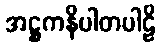
အဋ္ဌကနိပါတပါဠိ